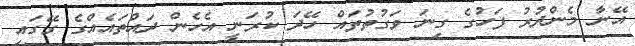
އޭނާ މެންދުރު ފަހުގެ ގިނަ ވަގުތުތައް ހޭދަ ކުރަނީ އެހެން ދައްތައެއްގެ ގޭގައި